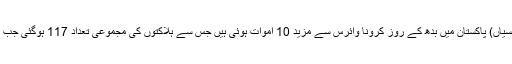
اسلام آباد لاہور، کراچی (جنرل رپورٹر،سٹاف رپورٹر، مانیٹرنگ ڈیسک، نیوز ایجنسیاں) پاکستان میں بدھ کے روز کرونا وائرس سے مزید 10 اموات ہوئی ہیں جس سے ہلاکتوں کی مجموعی تعداد 117 ہوگئی جب کہ نئے کیسز سامنے آنے کے بعد متاثرہ مریضوں کی تعداد 6300 تک پہنچ گئی۔